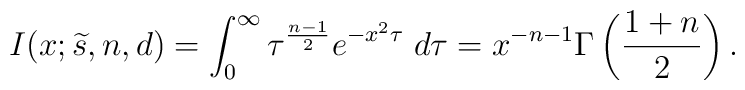
I(x;{\widetilde s},n,d)=\int_{0}^{\infty}\tau^{{n-1\over 2}}e^{-x^{2}\tau} \; d\tau=x^{-n-1}\Gamma \left({1+n \over 2}\right).